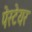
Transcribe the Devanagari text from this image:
पेस्टेयर